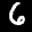
Label: 6